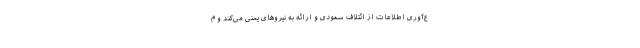
ع‌آوری اطلاعات از ائتلاف سعودی و ارائه به نیروهای یمنی می‌کند و م